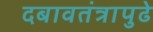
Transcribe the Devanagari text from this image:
दबावतंत्रापुढे